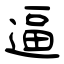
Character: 逼